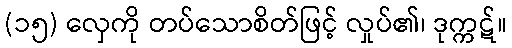
(၁၅) လှေကို တပ်သောစိတ်ဖြင့် လှုပ်၏၊ ဒုက္ကဋ်။